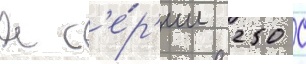
к с'е́р'ии 250 с